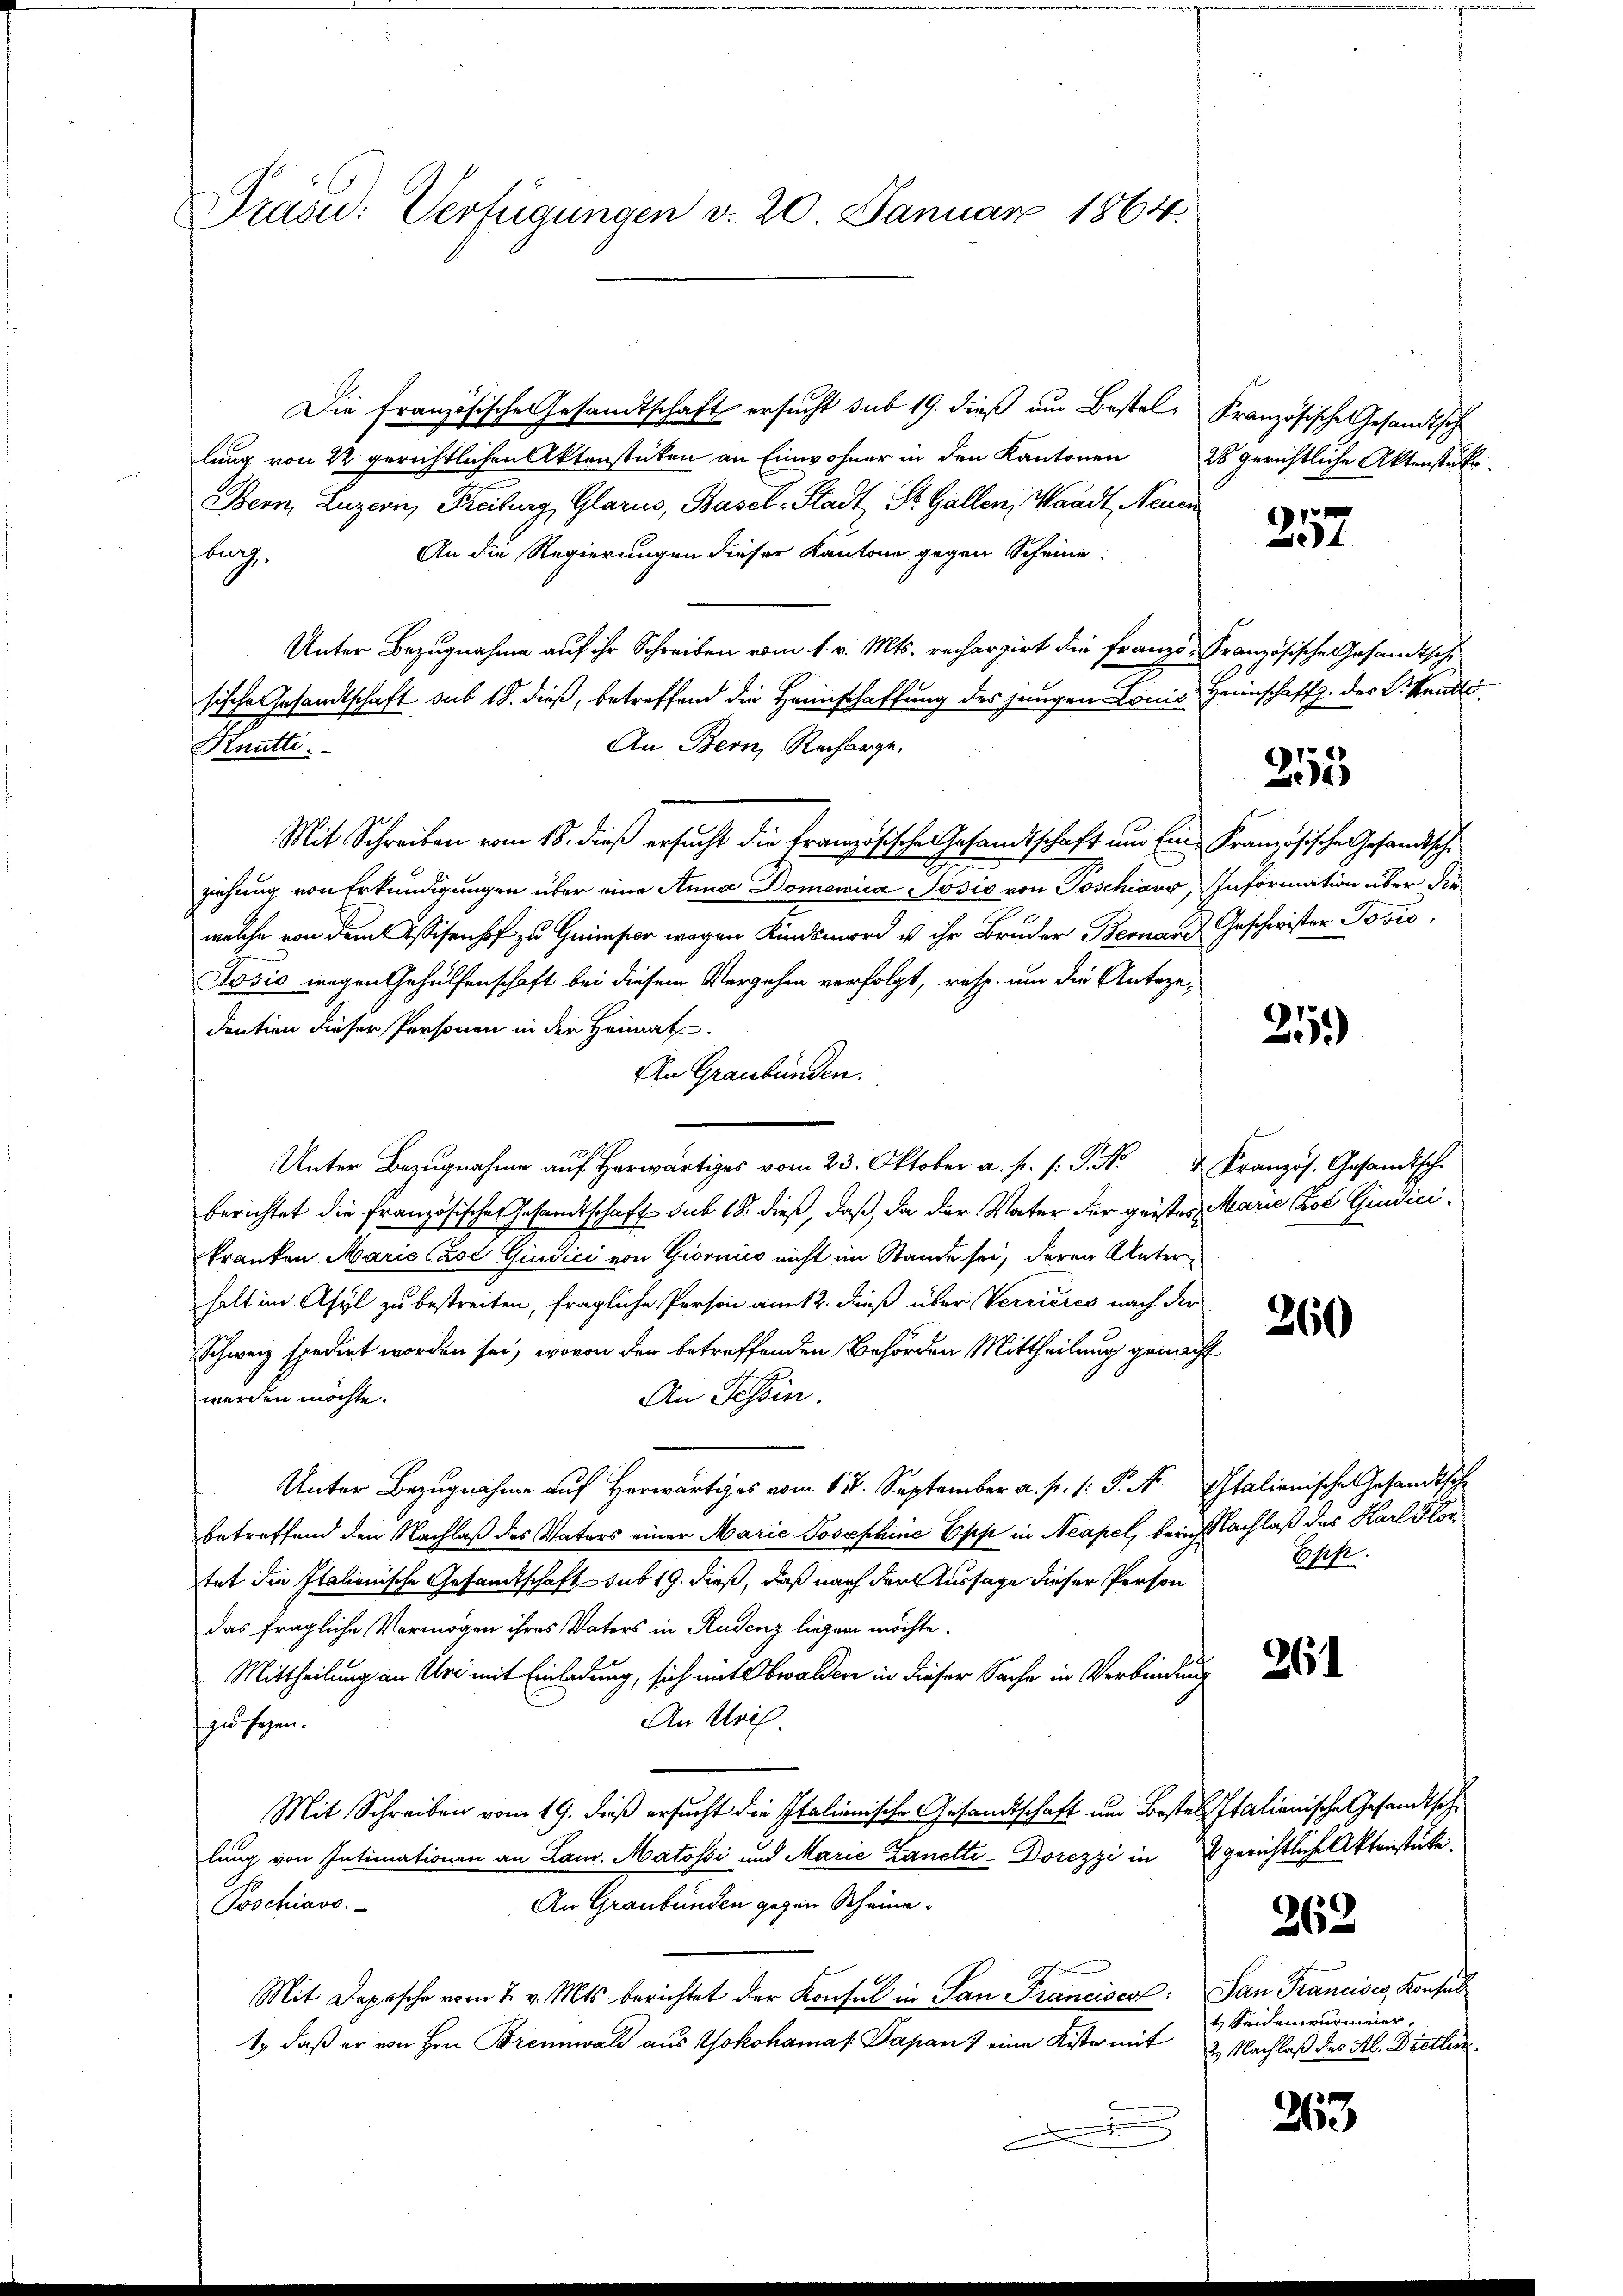
Präsid: Verfügungen v. 20 Januar 1864.

Die französische Gesandtschaft ersucht sub 19. dieß am Bestel, Kranzösische Gesandtsche
lung von 22 gerichtlichen Aktenstücken an Einwohner in den Kantonen
Bern, Luzern, Freiburg, Glarus, Basel-Stadt St. Gallen, Waadt, Neuen
An die Regierungen dieser Kantone gegen Scheine
fburg.
Unter Bezugnahme auf ihr Schreiben vom 1. v. Mts. rechargirt die Franze Französische Gesandtsche
sische Gesandtschaft sub 18. dieß, betreffend die Heinschaffung des jungen Louis Heimschaffg. des L. Kanto
An Bern, Recharge.
Mit Schreiben vom 18. dieß ersucht die Französischen Gesandtschaft um Ein-Französische Gesandtsche
ziehung von Erkundigungen über eine Anna Domenica Josis von Toschiavo, Information über die
welche von dem Assisenhof zu Grimmster wegen Kindsmord u ihr Bruder Bernau, Geschwister Josio
w
Jošić wegen Gehülfenschaft bei diesem Vergehen verfolgt, resp. um die Antezedention dieser Personen in der Heimat.
An Graubünden.
........
berichtet die Französischer Gesandtschaft sub 18. dieß, daß, da der Vater der geistes Marie Lol Giudicikranken Marie (Zoć Giudici von Giornies nicht im Stande sei, deren Unter
halt im Asyl zu bestreiten, fragliche Person am 12. dieß über Verrieres nach der
Schweiz spedirt worden sei, wovon der betreffenden Behörden Mittheilung gemacht
werden möchte.
An Tessin.
Unter Bezugnahme auf herwärts vom 11. September a. p. 1. P. N Italienische Gesandtsche
betreffend den Nachlaß des Vaters einer Marie Josephine Opp in Neapel, berich Nachlaß das Karl Flortet die Italionische Gesandtschaft sub 19. dieß, daß nach der Aussage dieser Person
das fragliche Vermögen ihres Vaters in Rudenz liegen möchte.
Mittheilung an Uri mit Einladung, sich mit Obwalden in dieser Sache in Verbindung
An Uri.
fgusagen.
Mit Schreiben vom 19. dieß ersucht die Italienische Gesandtschaft um Bestes Italienische Gesandtsche
lung von Intimationen an Lam. Matosi und Marie Zanetti-Dorezzi in gerichtliche Aktenstüke¬
An Graubünden gegen Scheine
Poschiavo
Mit Depesche vom 2. v. Mts. berichtet der Konsul in San Franciscal: San Francises, Konsul
1., daß er von Hrn. Brennwald aus Yokohamas Japan) eine Kiste mit 2 Nachlaß des Al. Dietlinx

Knutti.

28 gerichtliche Aktenstücke.

6
e

253

25.)

260

Epp.

261

t Seidenwurmier,

262

263